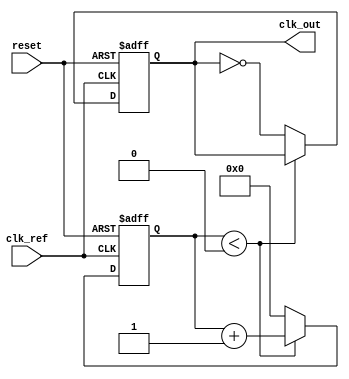
module frac_pll #(
    parameter REFERENCE_FREQ     = 50000000, // Reference frequency in Hz
    parameter OUTPUT_FREQ        = 100000000, // Desired output frequency in Hz
    parameter DIV_RATIO          = 2,          // Example fractional division ratio
    parameter COUNTER_WIDTH      = 16           // Width of counters
)(
    input wire clk_ref,                     // Reference clock input
    input wire reset,                       // Reset signal
    output wire clk_out                     // Output clock
);

// Phase Detector - Simple PFD
reg phase_detector_out;
always @(posedge clk_ref or posedge reset) begin
    if (reset) begin
        phase_detector_out <= 0;
    end else begin
        // Simple logic to generate a phase error signal
        // Implement your phase detection logic here
        // e.g., toggle phase_detector_out based on some conditions
    end
end

// Loop Filter - This is a simple proportional filter for demonstration
reg [COUNTER_WIDTH-1:0] loop_filter_output;
always @(posedge clk_ref or posedge reset) begin
    if (reset) begin
        loop_filter_output <= 0;
    end else begin
        // Apply a simple filter to the phase detector output
        loop_filter_output <= loop_filter_output + phase_detector_out;
    end
end

// Voltage-Controlled Oscillator (VCO)
reg [COUNTER_WIDTH-1:0] vco_output_counter;
always @(posedge clk_ref or posedge reset) begin
    if (reset) begin
        vco_output_counter <= 0;
    end else begin
        // Generate a VCO output based on the loop filter output
        vco_output_counter <= vco_output_counter + loop_filter_output[COUNTER_WIDTH-1:COUNTER_WIDTH-2]; // Simple VCO tuning
    end
end

// Fractional Divider
reg [COUNTER_WIDTH-1:0] divider_counter;
reg clk_divided;
always @(posedge clk_ref or posedge reset) begin
    if (reset) begin
        divider_counter <= 0;
        clk_divided <= 0;
    end else begin
        if (divider_counter < (REFERENCE_FREQ / OUTPUT_FREQ)) begin
            divider_counter <= divider_counter + 1;
        end else begin
            divider_counter <= 0;
            clk_divided <= ~clk_divided; // Toggle output clock
        end
    end
end

// Output clock generation
assign clk_out = clk_divided;

endmodule